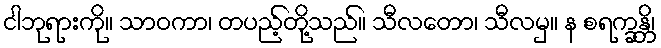
ငါဘုရားကို။ သာဝကာ၊ တပည့်တို့သည်။ သီလတော၊ သီလမှ။ န စရက္ခန္တိ၊